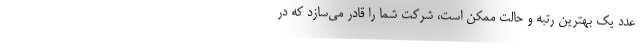
عدد یک بهترین رتبه و حالت ممکن است، شرکت شما را قادر می‌سازد که در